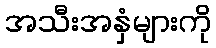
အသီးအနှံများကို